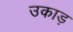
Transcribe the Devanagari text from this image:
उकाड़